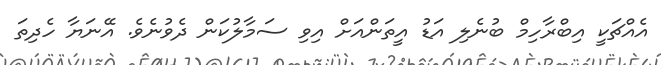
އެއްޗަކީ އިބްރާހިމް ބުނެލި އަޑު އީތަންއަށް އިވި ސަމާލުކަން ދެވުނެވެ. އޭނަޔާ ހެދިތަ